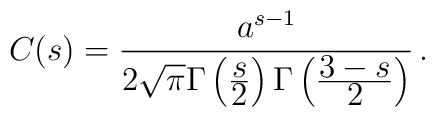
C(s)=\frac{a^{s-1}}{2\sqrt{\pi}\Gamma\left(\frac{\displaystyle s}{\displaystyle 2}\right)\Gamma\left(\frac{\displaystyle 3-s}{\displaystyle 2}\right)}\,{.}